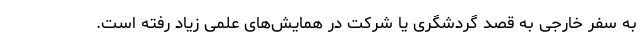
به سفر خارجی به قصد گردشگری یا شرکت در همایش‌های علمی زیاد رفته است.